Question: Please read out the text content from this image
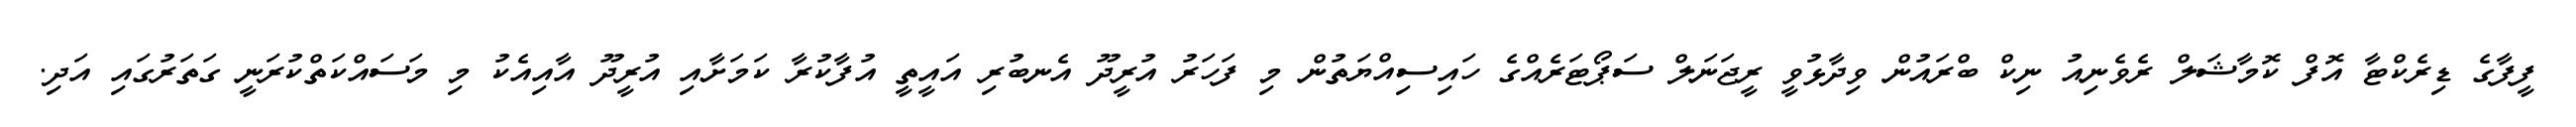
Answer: ފީފާގެ ޑިރެކްޓާ އޮފް ކޮމާޝަލް ރެވެނިއު ނިކް ބްރައުން ވިދާޅުވީ ރީޖަނަލް ސަޕޯޓަރެއްގެ ހައިސިއްޔަތުން މި ފަހަރު އުރީދޫ އެނބުރި އައީތީ އުފާކުރާ ކަމަށާއި އުރީދޫ އާއިއެކު މި މަސައްކަތްކުރަނީ ގަތަރުގައި އަދި.